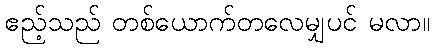
ဧည့်သည် တစ်ယောက်တလေမျှပင် မလာ။